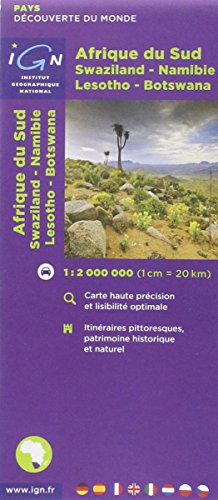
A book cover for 85120 - South Africa / Swaziland / Lesotho: Ign.M.P.85120; Travel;